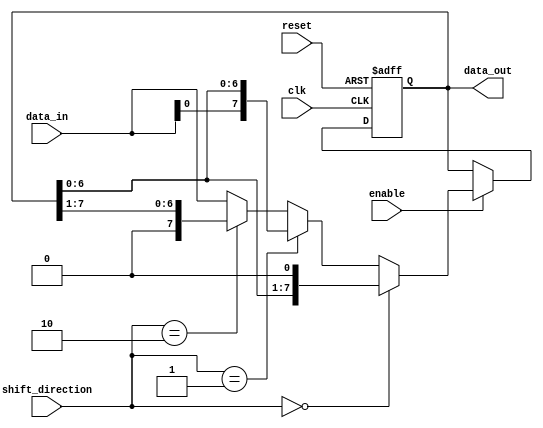
module shift_reg4 (
  input clk,
  input reset,
  input enable,
  input [7:0] data_in,
  input [1:0] shift_direction,
  output reg [7:0] data_out
);

reg [7:0] shift_reg;

always @(posedge clk or posedge reset) begin
  if (reset) begin
    shift_reg <= 8'h00;
  end else if (enable) begin
    if (shift_direction == 2'b00) begin
      shift_reg <= {shift_reg[6:0], 1'b0};
    end else if (shift_direction == 2'b01) begin
      shift_reg <= {data_in, shift_reg[6:0]};
    end else if (shift_direction == 2'b10) begin
      shift_reg <= {1'b0, shift_reg[7:1]};
    end else begin
      shift_reg <= {shift_reg[7:1], data_in};
    end
  end
end

assign data_out = shift_reg;

endmodule